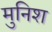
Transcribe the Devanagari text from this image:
मुनिश